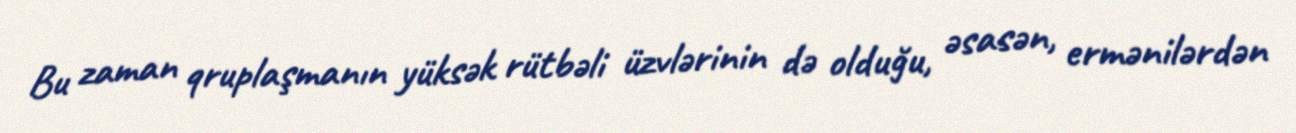
Bu zaman qruplaşmanın yüksək rütbəli üzvlərinin də olduğu, əsasən, ermənilərdən